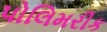
પોલિમરીક